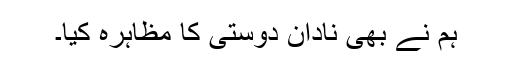
ہم نے بھی نادان دوستی کا مظاہرہ کیا۔